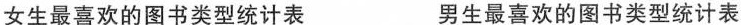
女生最喜欢的图书类型统计表 男生最喜欢的图书类型统计表